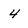
Character: 4